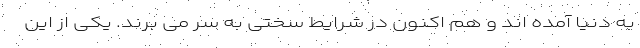
به دنیا آمده اند و هم اکنون در شرایط سختی به سر می برند. یکی از این